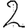
Digit: 2